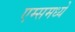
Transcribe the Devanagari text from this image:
एम्समध्ये